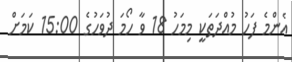
އެންމެ ފަހު މުއްދަތަކީ މިމަހު 18 ވާ ހޯމަ ދުވަހުގެ 15:00 ކަމަށް